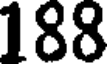
188